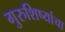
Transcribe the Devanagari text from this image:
गुरुशिष्यांचा